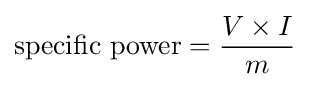
{\text{specific power}}={\frac {V\times I}{m}}